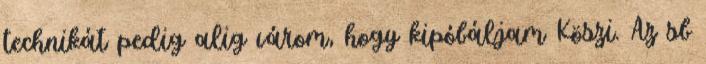
technikát pedig alig várom, hogy kipóbáljam Köszi. Az sb